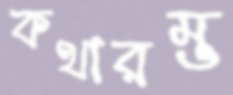
কথারম্ভ